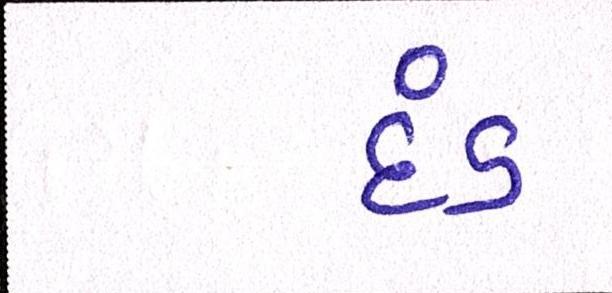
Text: દંડ